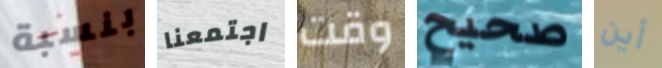
بنسبة اجتمعنا وقت صحيح أين